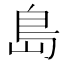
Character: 島